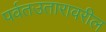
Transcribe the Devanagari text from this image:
पर्वतउतारावरील